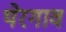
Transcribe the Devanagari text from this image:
थेरगाव